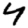
Digit: 4